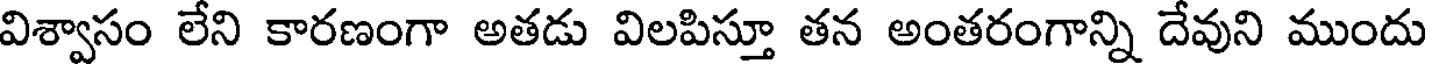
విశ్వాసం లేని కారణంగా అతడు విలపిస్తూ తన అంతరంగాన్ని దేవుని ముందు